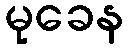
မုခေန